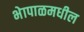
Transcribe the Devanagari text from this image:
भेापाळमधील